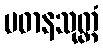
ပဓာနသုတ္တံ